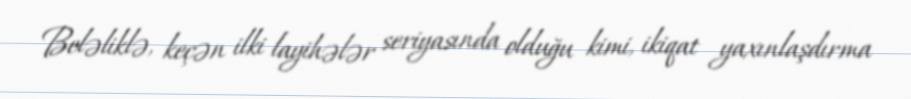
Beləliklə, keçən ilki layihələr seriyasında olduğu kimi, ikiqat yaxınlaşdırma